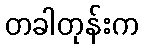
တခါတုန်းက